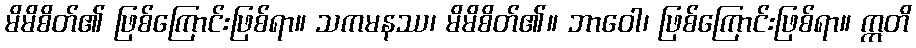
မိမိစိတ်၏ ဖြစ်ကြောင်းဖြစ်ရာ။ သကမနဿ၊ မိမိစိတ်၏။ ဘာဝေါ၊ ဖြစ်ကြောင်းဖြစ်ရာ။ ဣတိ